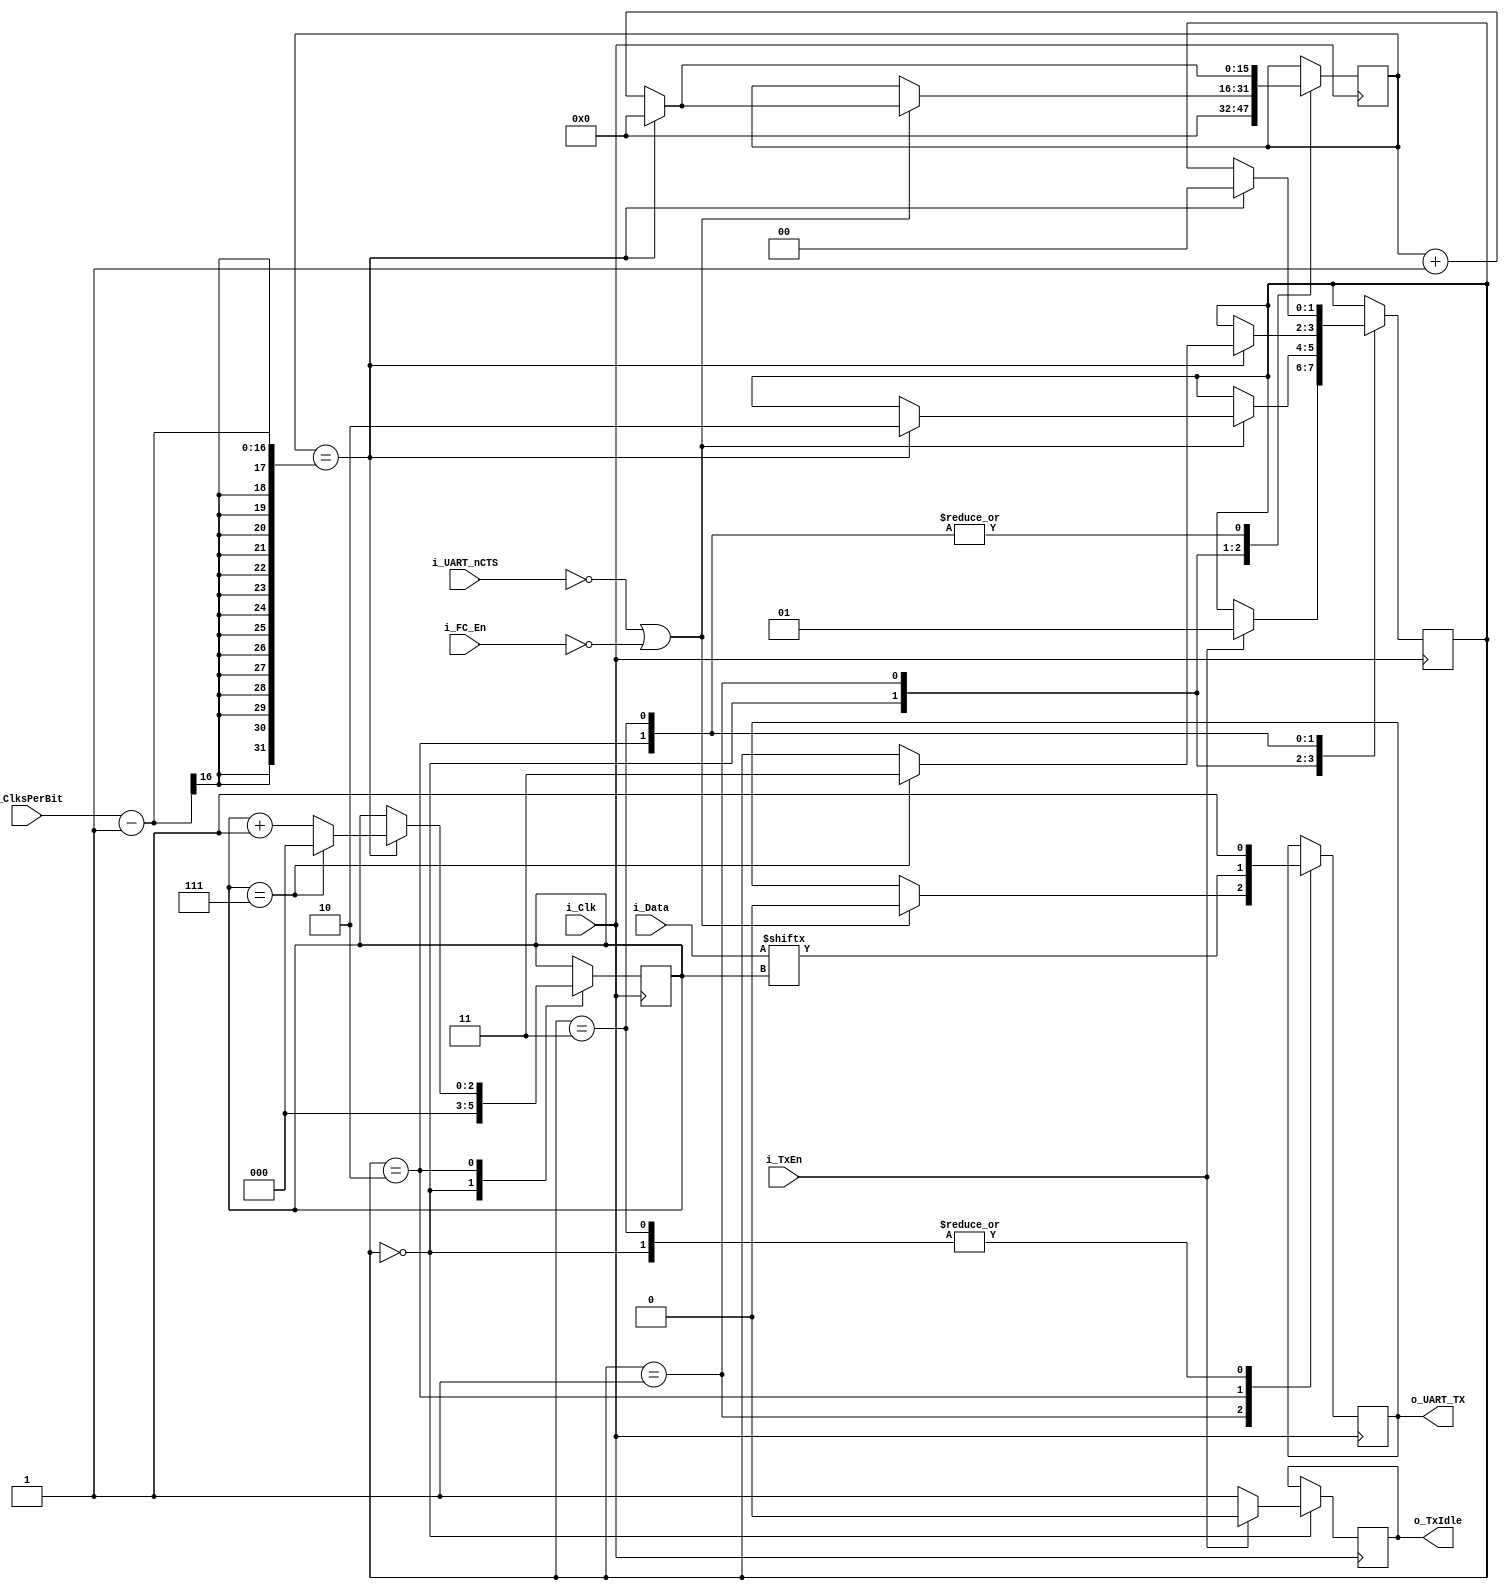
`timescale 1ns / 1ps

module UartTx (
    input i_Clk,

    input [15:0] i_ClksPerBit,
    input i_FC_En,
    input i_TxEn,
    input [7:0] i_Data,
    output reg o_TxIdle,

    output reg o_UART_TX,
    input i_UART_nCTS
    );

    initial begin
        o_TxIdle <= 1'b1;
        o_UART_TX <= 1'b1;
    end
    
    reg [15:0]r_ClksPerBitCounter = 16'b0;
    reg [2:0]r_BitCounter = 3'b0;
    reg [7:0]r_Data = 0;
    reg r_UART_nCTS = 0;

    //UART TX state machine
    localparam TX_STATE_SIZE = 2;
    localparam TX_WAIT      = 0,
               TX_START_BIT = 1,
               TX_DATA      = 2,
               TX_STOP      = 3;
    reg [TX_STATE_SIZE-1:0] TXState = TX_WAIT;

    always @(posedge i_Clk)begin
        //Synronize the CTS signal from the external domain
        r_UART_nCTS <= i_UART_nCTS;

        case (TXState)
            TX_WAIT:begin
                o_UART_TX <= 1;
                r_ClksPerBitCounter <= 0;
                r_BitCounter <= 0;

                if(i_TxEn == 1)begin
                    o_TxIdle <= 0;
                    TXState <= TX_START_BIT;
                end else begin
                    o_TxIdle <= 1;
                end
            end
            TX_START_BIT:begin
                //Only start sending the byte if either:
                //      -flow control isn't enabled
                //      -the nCTS signal is low
                if((i_UART_nCTS == 0) || !i_FC_En)begin
                   o_UART_TX <= 0;

                    if(r_ClksPerBitCounter == (i_ClksPerBit - 1))begin
                        r_ClksPerBitCounter <= 0;
                        TXState <= TX_DATA;
                    end else begin
                        r_ClksPerBitCounter <= r_ClksPerBitCounter + 1;
                    end 
                end
            end
            TX_DATA:begin
                o_UART_TX <= i_Data[r_BitCounter];

                if(r_ClksPerBitCounter == (i_ClksPerBit - 1))begin
                    r_BitCounter <= r_BitCounter + 1;
                    r_ClksPerBitCounter <= 0;

                    if(r_BitCounter == 7)begin
                        r_BitCounter <= 0;
                        TXState <= TX_STOP; 
                    end
                end else begin
                    r_ClksPerBitCounter <= r_ClksPerBitCounter + 1;
                end
            end
            TX_STOP:begin
                o_UART_TX <= 1;
                if(r_ClksPerBitCounter == (i_ClksPerBit - 1))begin
                    r_ClksPerBitCounter <= 0;
                    TXState <= TX_WAIT;
                end else begin
                    r_ClksPerBitCounter <= r_ClksPerBitCounter + 1;
                end
            end
        endcase
    end
endmodule